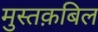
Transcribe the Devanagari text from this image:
मुस्तक़बिल